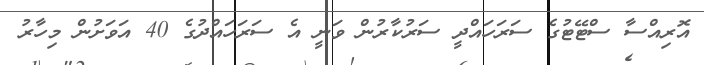
އޮރިއްސާ ސްޓޭޓުގެ ސަރަހައްދީ ސަރުކާރުން ވަނީ އެ ސަރަހައްދުގެ 40 އަވަށުން މިހާރު